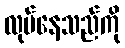
လုပ်နေသည်ကို